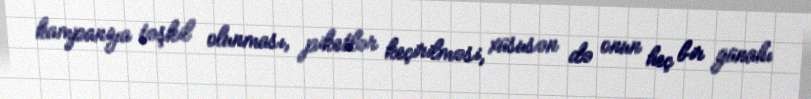
kampaniya təşkil olunması, piketlər keçirilməsi, xüsusən də onun heç bir günahı